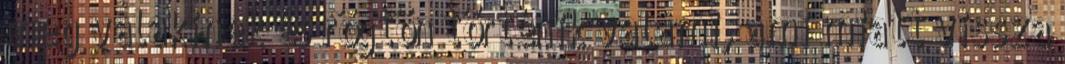
meg valakinek és rögtön történik valami, ami miatt vissza